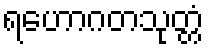
ရဟောဂတသုတ္တံ